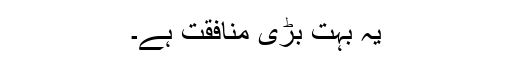
یہ بہت بڑی منافقت ہے۔